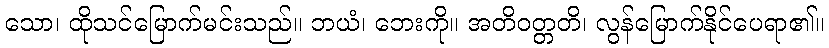
သော၊ ထိုသင်မြောက်မင်းသည်။ ဘယံ၊ ဘေးကို။ အတိဝတ္တတိ၊ လွန်မြောက်နိုင်ပေရာ၏။